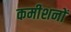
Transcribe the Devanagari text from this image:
कमीशनों